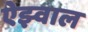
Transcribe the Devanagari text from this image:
ऐझ्वाल